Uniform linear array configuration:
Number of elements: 12
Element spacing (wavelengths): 1
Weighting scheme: hann
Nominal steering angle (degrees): -45
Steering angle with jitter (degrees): -43.646
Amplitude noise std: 0.05
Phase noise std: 0.05

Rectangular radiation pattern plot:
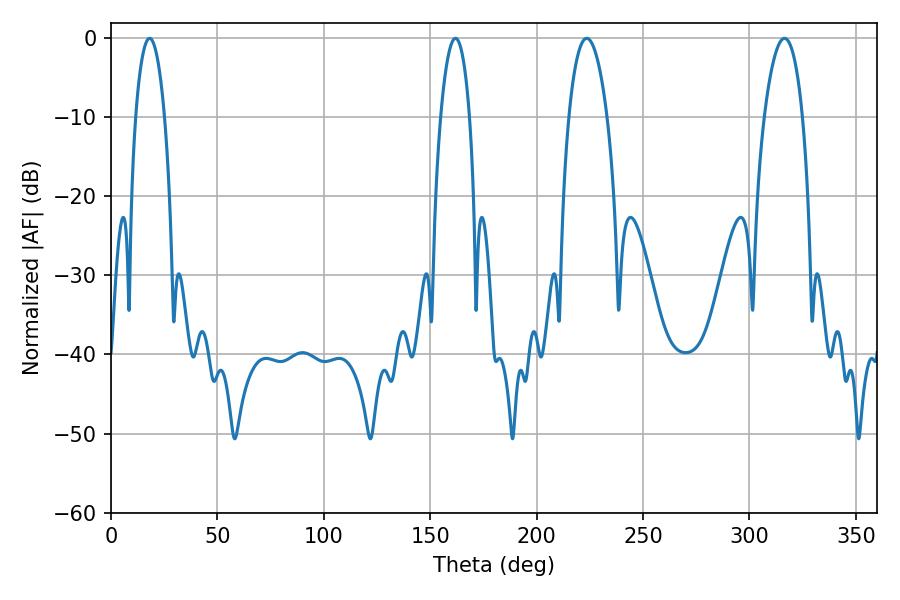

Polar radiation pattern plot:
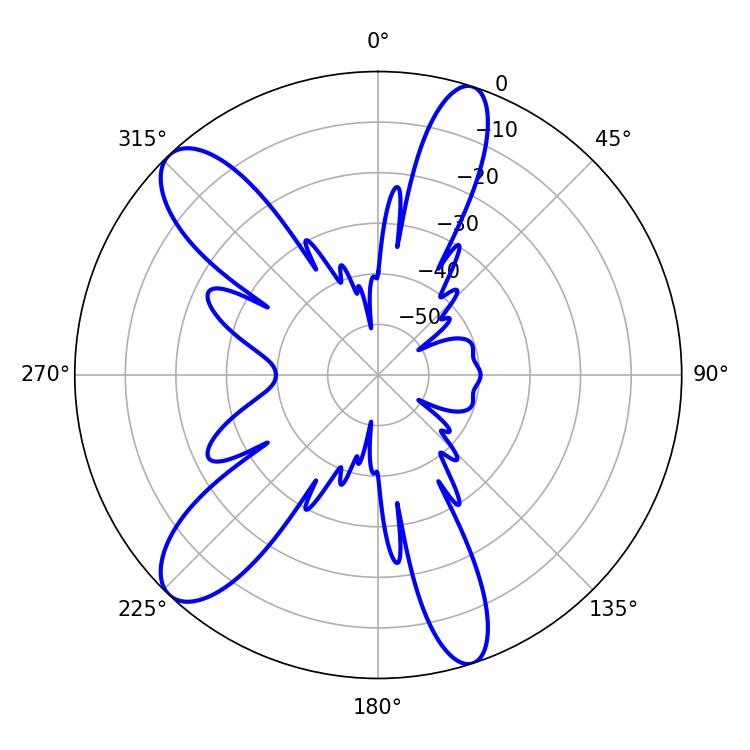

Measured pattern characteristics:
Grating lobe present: TRUE
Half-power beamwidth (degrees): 10.08
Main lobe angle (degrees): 223.56